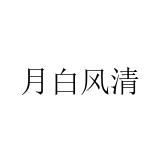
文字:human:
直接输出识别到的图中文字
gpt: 月白风清